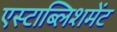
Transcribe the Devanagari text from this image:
एस्टाब्लिशमेंट